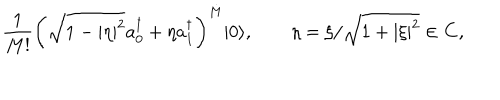
LaTeX: { \frac { 1 } { M ! } } \left( \sqrt { 1 - | \eta | ^ { 2 } } a _ { 0 } ^ { \dagger } + \eta a _ { 1 } ^ { \dagger } \right) ^ { M } | 0 \rangle , \qquad \eta = \xi / \sqrt { 1 + | \xi | ^ { 2 } } \in \mathbf { C } ,